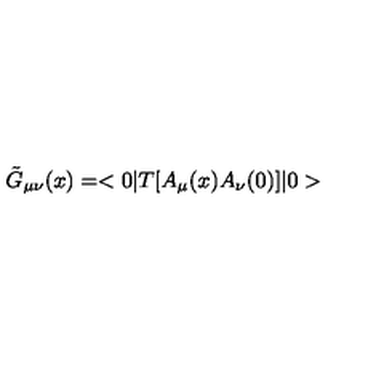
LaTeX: \tilde { G } _ { \mu \nu } ( x ) = < 0 | T [ A _ { \mu } ( x ) A _ { \nu } ( 0 ) ] | 0 >